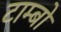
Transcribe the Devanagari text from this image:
टाम्बो